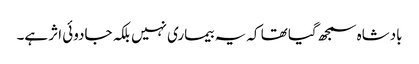
بادشاہ سمجھ گیا تھا کہ یہ بیماری نہیں بلکہ جادوئی اثر ہے۔